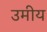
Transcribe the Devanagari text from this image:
उमीय